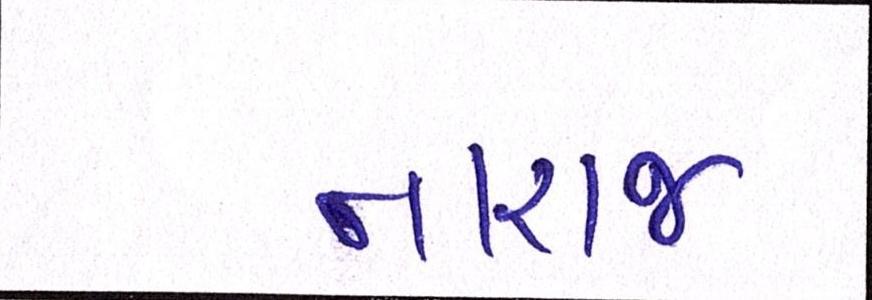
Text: નારાજ